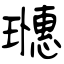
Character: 璤